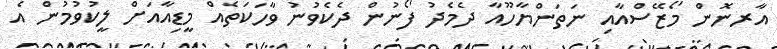
އާރނޮން މޯޒޭސްއާއި ނަތަންޔާހޫއާ ދެމެދު ފޯނުން ދެކެވުނު ވާހަކަތެއް މީޑިއާއަށް ލީކުވުމުން އެ